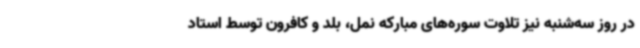
در روز سه‌شنبه نیز تلاوت سوره‌های مبارکه نمل، بلد و کافرون توسط استاد